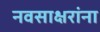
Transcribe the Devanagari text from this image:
नवसाक्षरांना